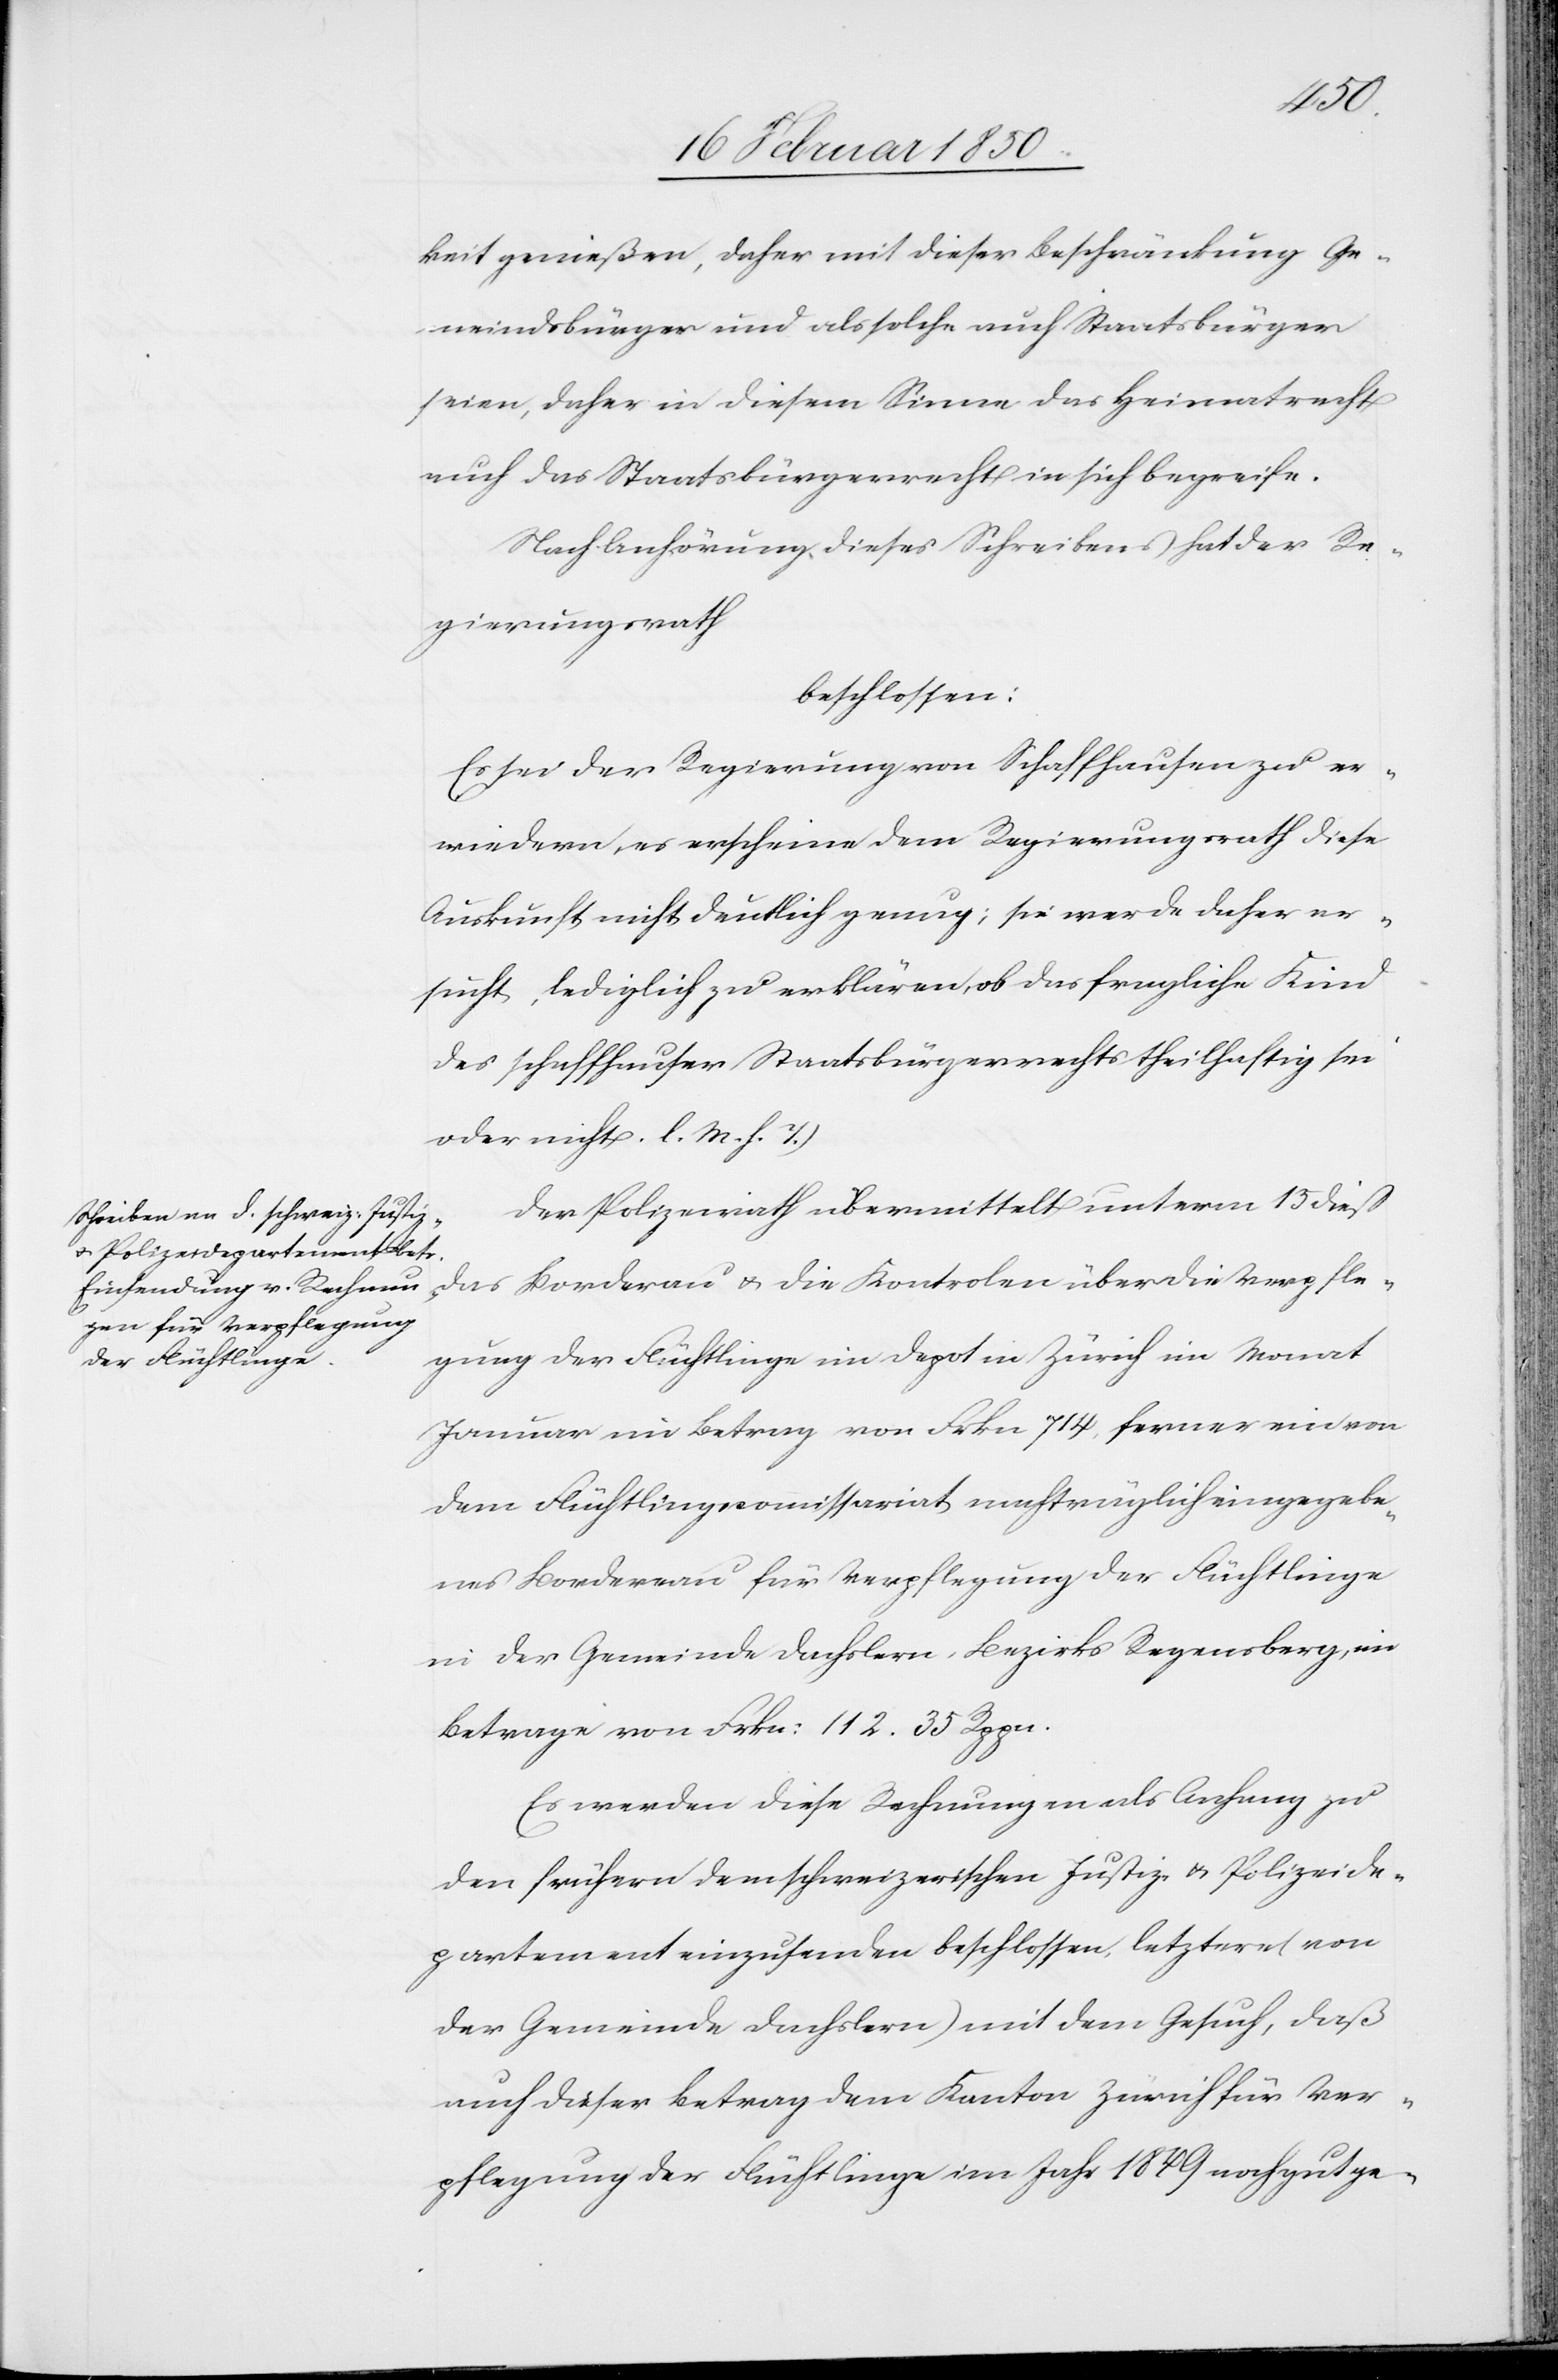
keit genießen, daher mit dieser Beschränkung Ge¬
meindsbürger und als solche auch Staatsbürger
seien, daher in diesem Sinne das Heimatrecht
auch das Staatsbürgerrecht in sich begreife.
Nach Anhörung dieses Schreibens hat der Re¬
gierungsrath
beschlossen:
Es sei der Regierung von Schaffhausen zu er¬
wiedern, es erscheine dem Regierungsrath diese
Auskunft nicht deutlich genug; sie werde daher er¬
sucht, lediglich zu erklären, ob das fragliche Kind
des schaffhauser Staatsbürgerrechts theilhaftig sei
oder nicht. [(]l. M. v. T.)
Der Polizeirath übermittelt unterm 15 dieß
das Borderau u. die Kontrolen über die Verpfle¬
gung der Flüchtlinge im Depot Zürich im Monat
Januar im Betrag von Frkn 714, ferner ein von
dem Flüchtlingscommissariat nachträglich eingegebe¬
nes Bordereau für Verpflegung der Flüchtlinge
in der Gemeinde Dachslern, Bezirks Regensberg, im
Betrage vom Frkn: 112. 35 Rppn.
Es werden diese Rechnungen als Anhang zu
den frühern dem schweizerischen Justiz- u. Polizeide¬
partement einzusenden beschlossen, letztere (von
der Gemeinde Dachslern) mit dem Gesuch, daß
auch dieser Betrag dem Kanton Zürich für Ver¬
pflegung der Flüchtlinge im Jahr 1849 noch gutge-